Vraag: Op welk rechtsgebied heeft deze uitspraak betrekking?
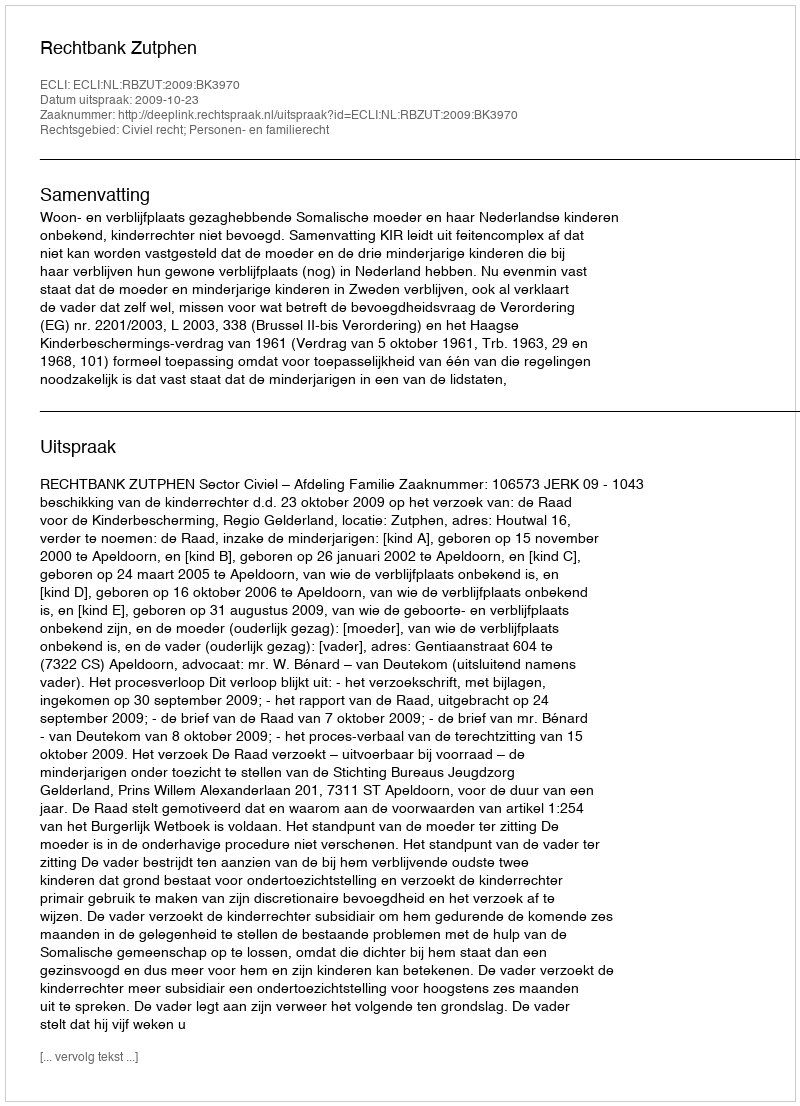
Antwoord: Civiel recht; Personen- en familierecht